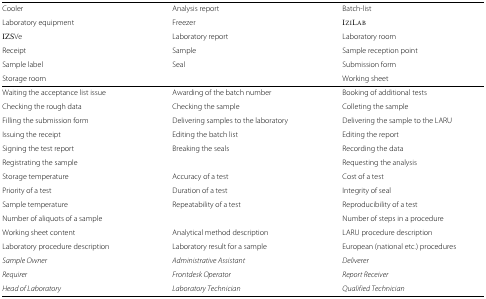
| Cooler | Analysis report | Batch-list |
 | Laboratory equipment | Freezer | IZILAB |
 | IZSVe | Laboratory report | Laboratory room |
 | Receipt | Sample | Sample reception point |
 | Sample label | Seal | Submission form |
 | Storage room |  | Working sheet |
 | --- | --- | --- |
 | Waiting the acceptance list issue | Awarding of the batch number | Booking of additional tests |
 | Checking the rough data | Checking the sample | Colleting the sample |
 | Filling the submission form | Delivering samples to the laboratory | Delivering the sample to the LARU |
 | Issuing the receipt | Editing the batch list | Editing the report |
 | Signing the test report | Breaking the seals | Recording the data |
 | Registrating the sample |  | Requesting the analysis |
 | Storage temperature | Accuracy of a test | Cost of a test |
 | Priority of a test | Duration of a test | Integrity of seal |
 | Sample temperature | Repeatability of a test | Reproducibility of a test |
 | Number of aliquots of a sample |  | Number of steps in a procedure |
 | Working sheet content | Analytical method description | LARU procedure description |
 | Laboratory procedure description | Laboratory result for a sample | European (national etc.) procedures |
 | Sample Owner | Administrative Assistant | Deliverer |
 | Requirer | Frontdesk Operator | Report Receiver |
 | Head of Laboratory | Laboratory Technician | Qualified Technician |